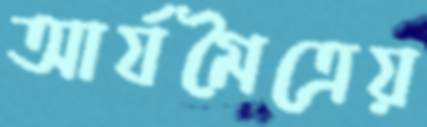
আর্যমৈত্রেয়